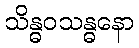
သိန္ဓဝသန္ဓနော